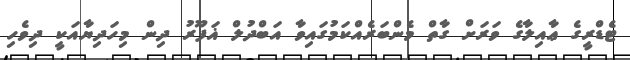
ޓެޑްރީގެ ޢާއިލާގެ ވަރަށް ގާތް މެންބަރެއްކަމުގައިވާ އަބްދުލް ޣަފޫރު ދިން މިހަދިޔާއަކީ ދިވެހި